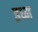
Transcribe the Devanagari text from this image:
इध्म